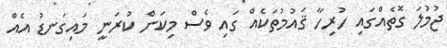
ޖުމުލަ ގޮތެއްގައި ހުރިހާ ޤައުމުތަކެއް ގައި ވެސް މިކަން ކުރަނީ މައިގަނޑު އެއް